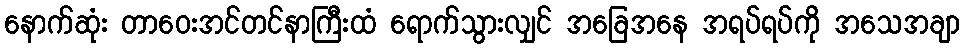
နောက်ဆုံး တာဝေးအင်တင်နာကြီးထံ ရောက်သွားလျှင် အခြေအနေ အရပ်ရပ်ကို အသေအချာ